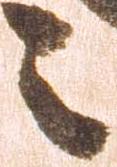
々